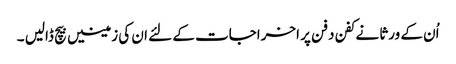
اُن کے ورثا نے کفن دفن پر اخراجات کے لئے ان کی زمینیں بیچ ڈالیں ۔